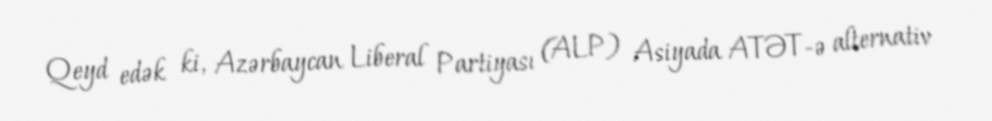
Qeyd edək ki, Azərbaycan Liberal Partiyası (ALP) Asiyada ATƏT-ə alternativ